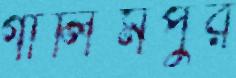
গালিমপুর